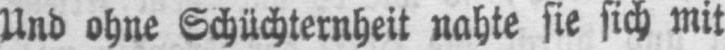
Und ohne Schüchternheit nahte sie sich mit